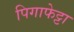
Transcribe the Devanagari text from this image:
पिगाफेट्टा